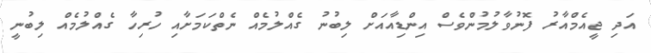
އަދި ޖީއެމްއާރު ފޮނުވާލުމުންވެސް އިންޑިއާއަށް ލިބުނު ގެއްލުމެއް ނެތްކަމަށާއި ހުރިހާ ގެއްލުމެއް ލިބުނީ